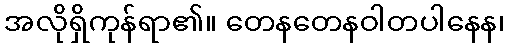
အလိုရှိကုန်ရာ၏။ တေနတေနဝါတပါနေန၊